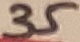
Text: 35